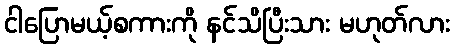
ငါပြောမယ့်စကားကို နင်သိပြီးသား မဟုတ်လား